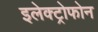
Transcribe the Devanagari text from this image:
इलेक्ट्रोफोन